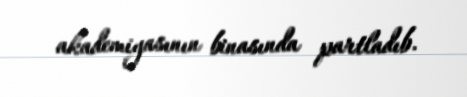
akademiyasının binasında partladıb.